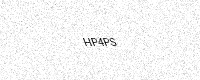
Text: HP4PS